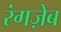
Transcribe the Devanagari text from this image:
रंगज़ेब